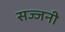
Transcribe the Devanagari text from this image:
सज्जनी